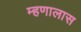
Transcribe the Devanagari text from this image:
म्हणालास